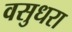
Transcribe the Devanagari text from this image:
वसुधरा